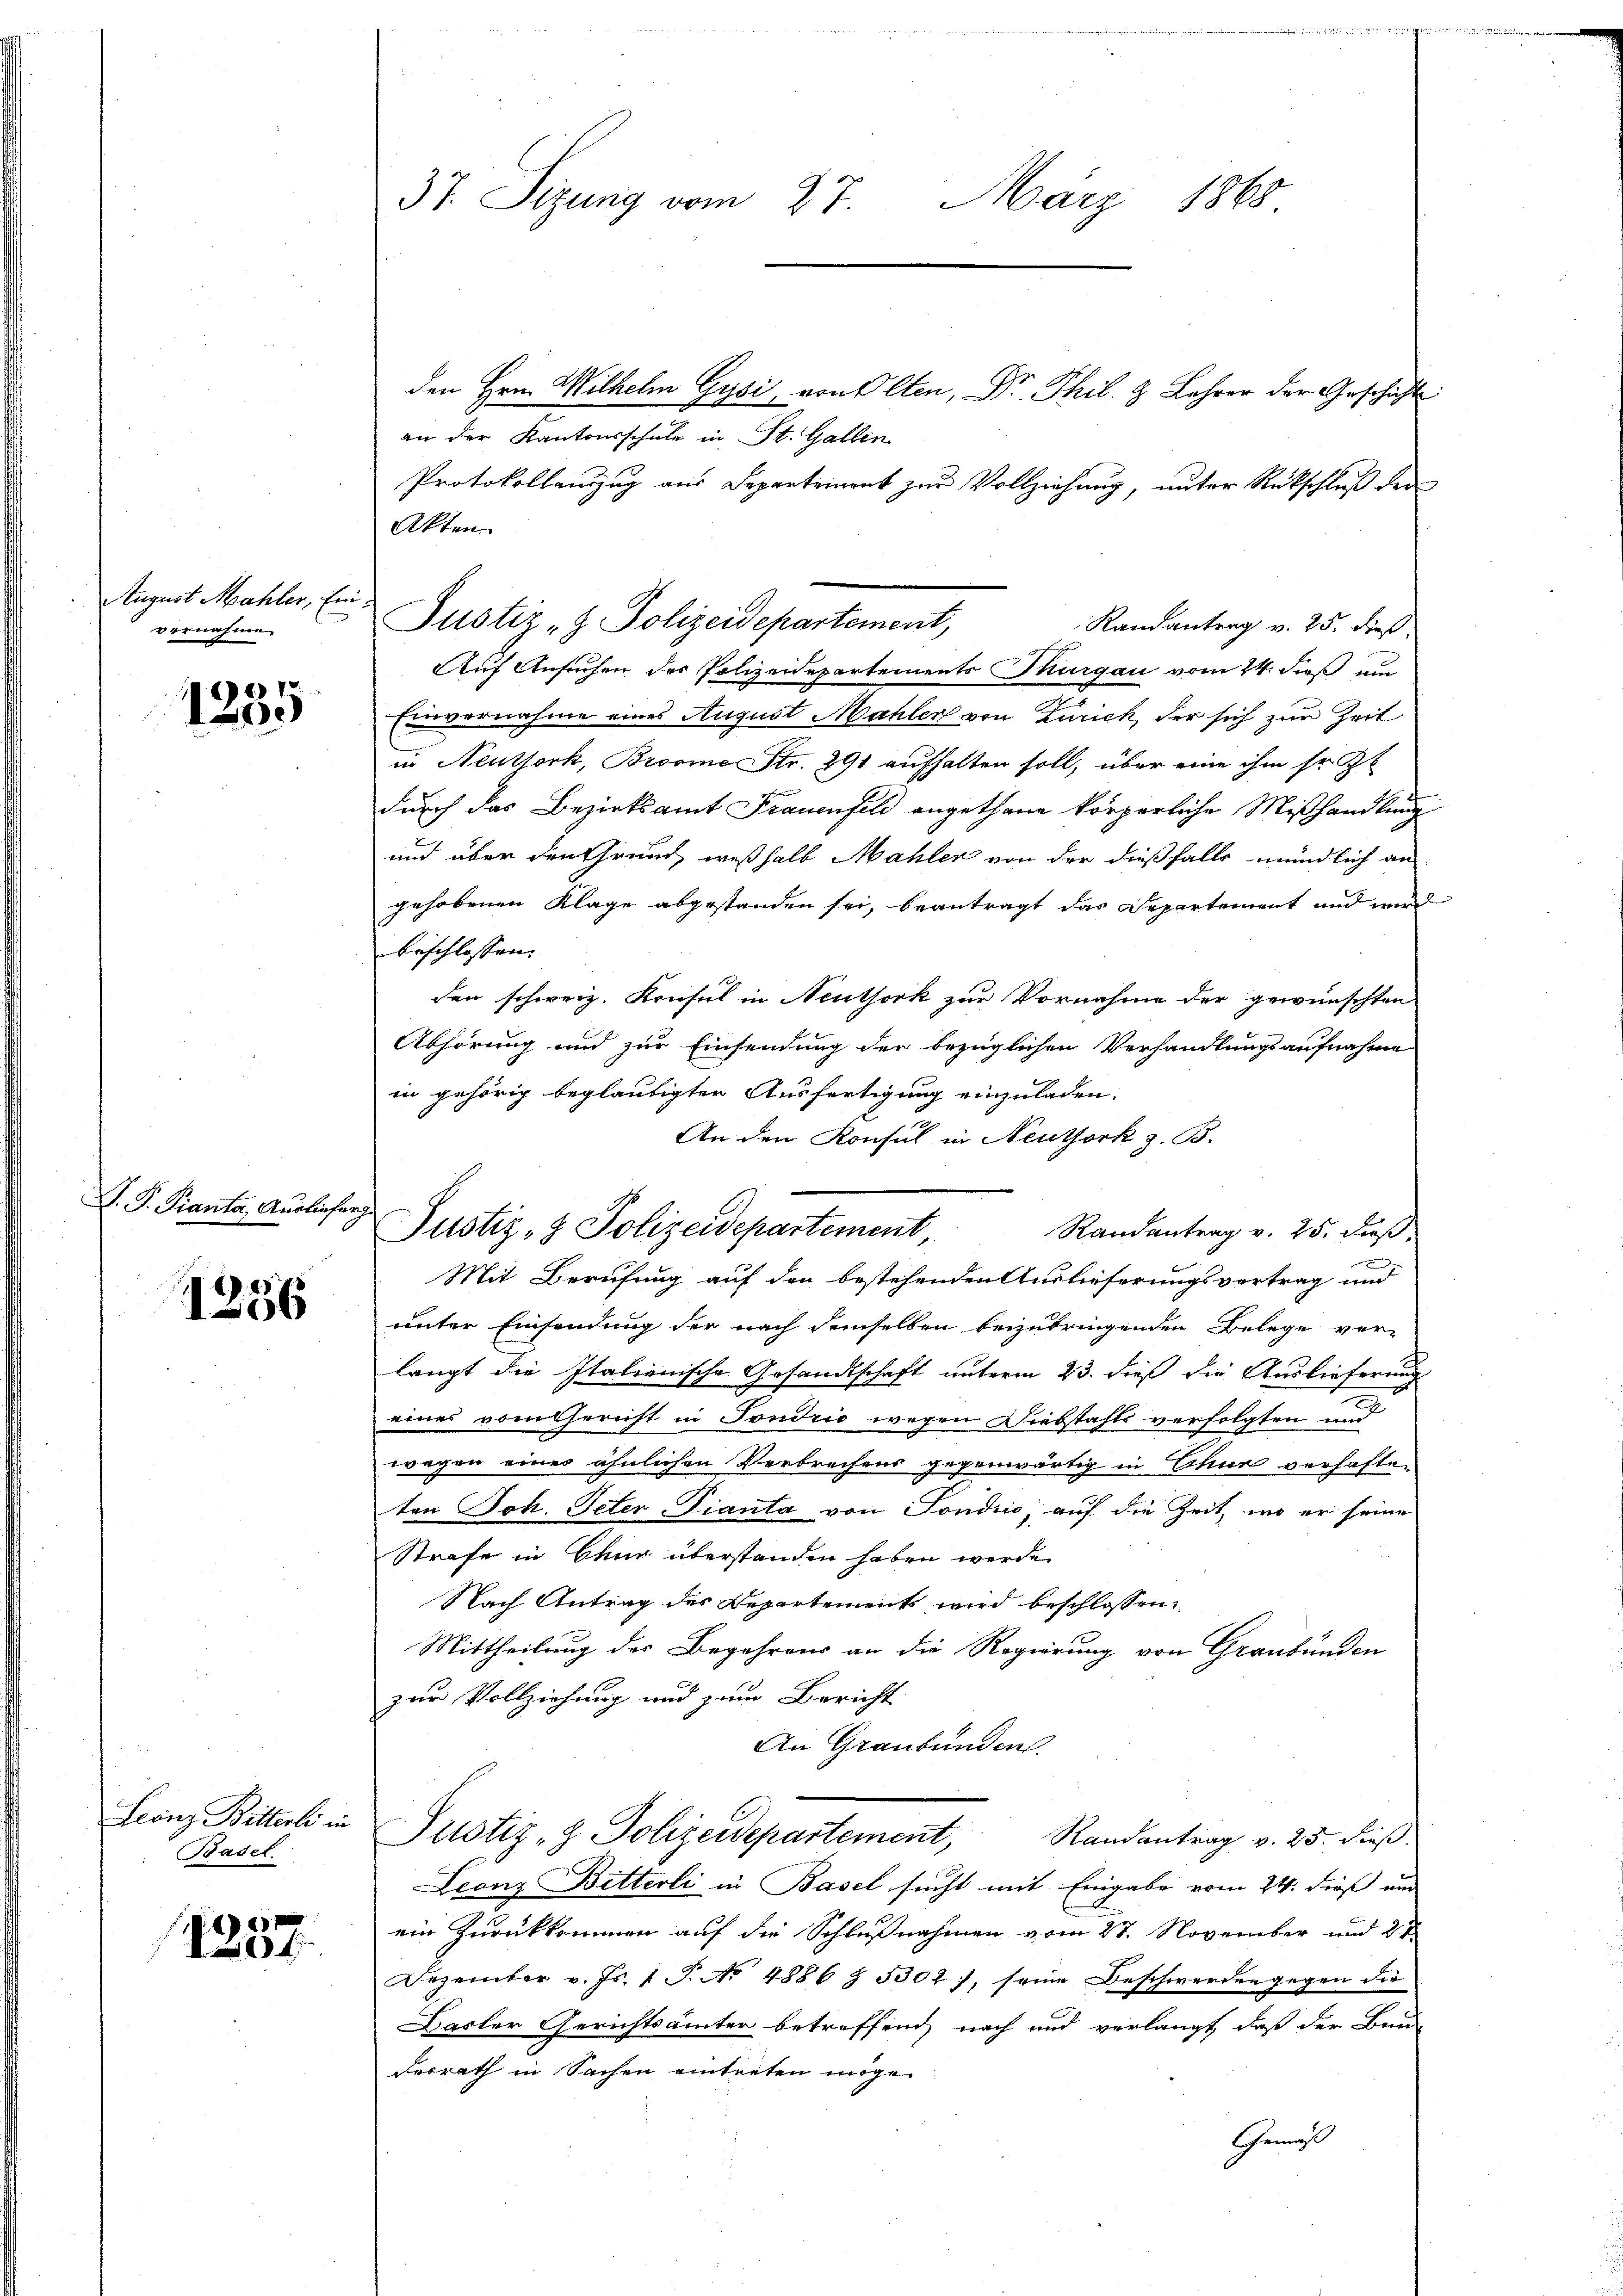
August Mahler, Einvernahme

7.
125.

D. P. Pianta, Ausliefer

1256

Leonz Bitterli in
Basel.

1204

37. Sizung vom 27. März 1868

Justiz-Z. Polizeidepartement,
Randantrag v. 25. dieß.

Justiz- & Polizeidepartement

den Hrn. Wilhelm Gysi, von Olten, Dr. Thil. & Lehrer der Geschicht
an der Kantonsschule in St. Gallen
Protokollanzug aus Departement zur Vollziehung, unter Rückschluß der
Akten
Auf Ansuchen des Polizeidepartements Thurgau vom 24. dieß um
Einvernahme eines August Mahler von Zürich, der sich zur Zeit
in Neuthork, Broome Str. 291 aufhalten soll, über eine ihm sr. Zt
e
durch das Bezirksamt Frauenfeld angethane körperliche Mißhandlung
und über den Grund, weßhalb Mahler von der dießfalls mündlich an
gehobenen Klage abgestanden sei, beantragt das Departement und wird
beschlossen. |
den schweiz. Konsul in Neuthork zur Vornahme der gewünschten
Abhörung und zur Einsendung der bezüglichen Verhandlungsaufnahme
in gehörig beglaubigter Ausfertigung einzuladen.
An den Konsul in Neuthork z. B.
Randantrag v. 25. Fuß,
Mit Berufung auf den bestehenden Auslieferungsvortrag und
unter Einsendung der nach demselben beizubringenden Belege ver-
langt die Italienische Gesandtschaft unterm 23. dieß die Auslieferung
eines vom Gericht in Sondrio wegen Diebstahls verfolgten und
wegen eines ähnlichen Verbrechens gegenwärtig in Chur verhafte-
ten Joh. Peter-Tianta von Tondico, auf die Zeit, wo er seine
Strafe in Chur überstanden haben werde.
Nach Antrag des Departement wird beschlossen:
Mittheilung des Begehrens an die Regierung von Graubünden
zur Vollziehung und zum Bericht
An Graubünden.
Justiz- & Polizeidepartement, Randantrag v. 25. dieβ.
Leonz Bitterli in Basel sucht mit Eingabe vom 24. dieß und
ein Zurückkommen auf die Schlußnahmen vom 27. November und 21
Dezember v. Js. 1 S. No 4886 § 5302), seine Beschwerden gegen die
Dasler Gerichtsämter betreffend nach und verlangt, daß der Bau¬
Ferrath in Sachen eintreten möge.
Gemaß

d